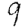
Digit: 9